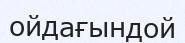
ойдағындой